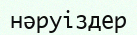
нәруіздер